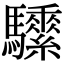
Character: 𩧖